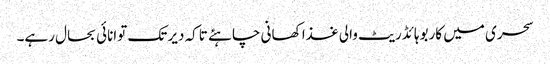
سحری میں کاربوہائڈریٹ والی غذا کھانی چاہئے تاکہ دیر تک توانائی بحال رہے۔